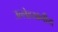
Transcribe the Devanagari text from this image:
उल्लेहखनीय